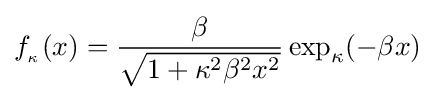
f_{_{\kappa }}(x)={\frac {\beta }{\sqrt {1+\kappa ^{2}\beta ^{2}x^{2}}}}\exp _{\kappa }(-\beta x)